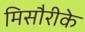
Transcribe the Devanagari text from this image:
मिसौरीके